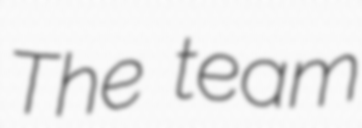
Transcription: The team